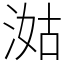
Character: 㴌